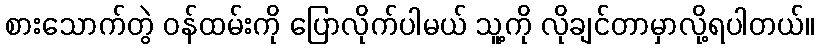
စားသောက်တွဲ ဝန်ထမ်းကို ပြောလိုက်ပါမယ် သူ့ကို လိုချင်တာမှာလို့ရပါတယ်။